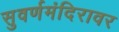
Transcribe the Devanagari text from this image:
सुवर्णमंदिरावर